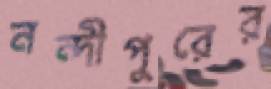
নন্দীপুরের